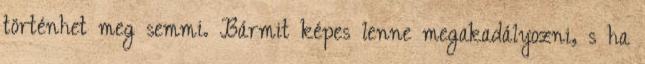
történhet meg semmi. Bármit képes lenne megakadályozni, s ha